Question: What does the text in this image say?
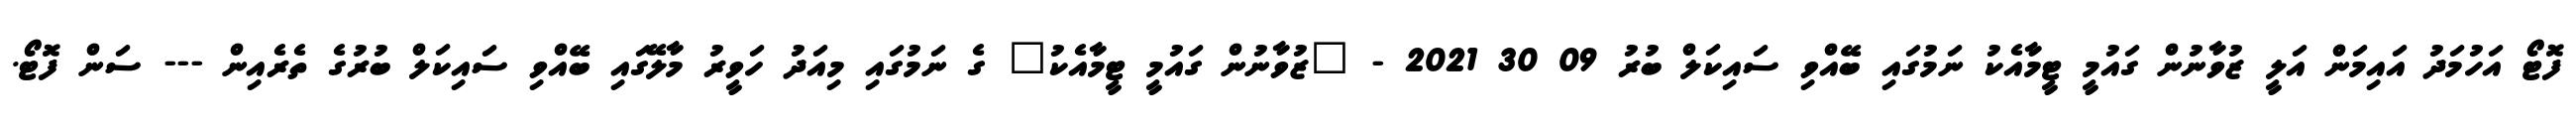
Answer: ފޮޓޯ އަހުމަދު އައިމަން އަލީ ޒުވާނުން ގައުމީ ޓީމާއެކު ނަމުގައި ބޭއްވި ސައިކަލް ބުރު 09 30 2021 - "ޒުވާނުން ގައުމީ ޓީމާއެކު" ގެ ނަމުގައި މިއަދު ހަވީރު މާލޭގައި ބޭއްވި ސައިކަލް ބުރުގެ ތެރެއިން --- ސަން ފޮޓޯ.